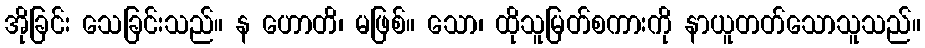
အိုခြင်း သေခြင်းသည်။ န ဟောတိ၊ မဖြစ်။ သော၊ ထိုသူမြတ်စကားကို နာယူတတ်သောသူသည်။